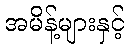
အမိန့်များနှင့်